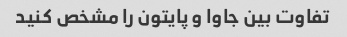
تفاوت بین جاوا و پایتون را مشخص کنید